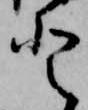
登